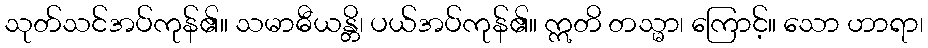
သုတ်သင်အပ်ကုန်၏။ သမာဓီယန္တိ၊ ပယ်အပ်ကုန်၏။ ဣတိ တသ္မာ၊ ကြောင့်။ သော ဟာရာ၊